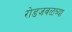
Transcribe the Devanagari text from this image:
रोडजवळच्या